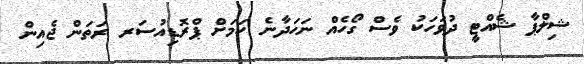
ޝިލްޕާ ޝެއްޓީ ދުވަހަކު ވެސް ގޯހެއް ނަހަދާނެ ކަމަށް ޕްރޮޑިއުސަރ ރަތަން ޖެއިން